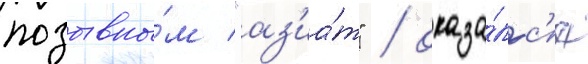
позывны́м "аз'иа́т" / оказа́лс'я